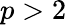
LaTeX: p>2